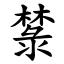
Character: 㯟